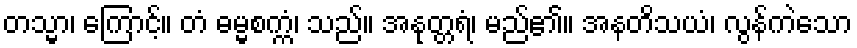
တသ္မာ၊ ကြောင့်။ တံ ဓမ္မစက္ကံ၊ သည်။ အနုတ္တရံ၊ မည်၏။ အနတိသယံ၊ လွန်ကဲသော